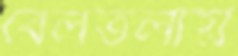
বেলতলায়